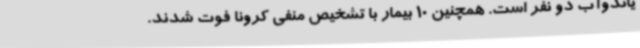
یاندوآب دو نفر است. همچنین 10 بیمار با تشخیص منفی کرونا فوت شدند.